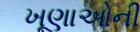
ખૂણાઓની